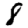
Digit: 8